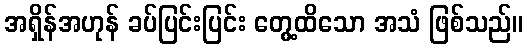
အရှိန်အဟုန် ခပ်ပြင်းပြင်း တွေ့ထိသော အသံ ဖြစ်သည်။